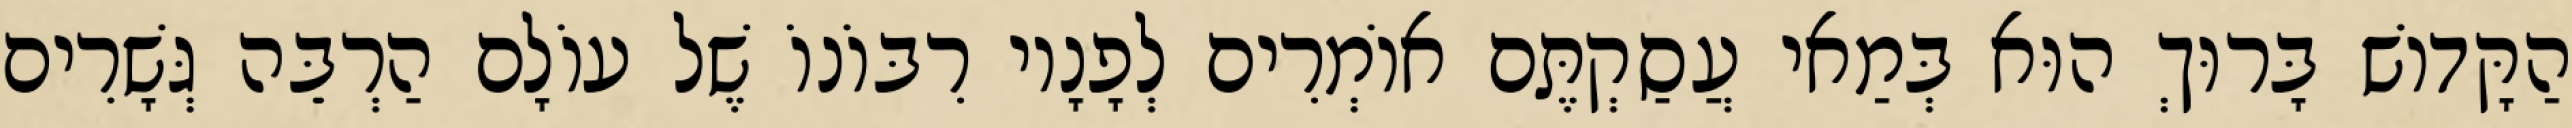
הַקָּדוֹשׁ בָּרוּךְ הוּא בְּמַאי עֲסַקְתֶּם אוֹמְרִים לְפָנָיו רִבּוֹנוֹ שֶׁל עוֹלָם הַרְבֵּה גְּשָׁרִים